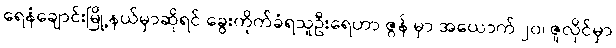
ရေနံချောင်းမြို့နယ်မှာဆိုရင် ခွေးကိုက်ခံရသူဦးရေဟာ ဇွန် မှာ အယောက် ၂၀၊ ဇူလိုင်မှာ